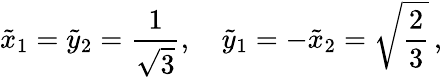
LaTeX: \tilde{x}_{1}=\tilde{y}_{2}=\frac{1}{\sqrt{3}},\quad\tilde{y}_{1}=-\tilde{x}_{2}=\sqrt{\frac{2}{3}}\, ,